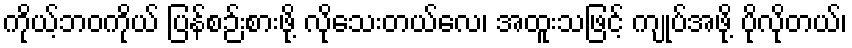
ကိုယ့်ဘဝကိုယ် ပြန်စဉ်းစားဖို့ လိုသေးတယ်လေ၊ အထူးသဖြင့် ကျုပ်အဖို့ ပိုလိုတယ်၊